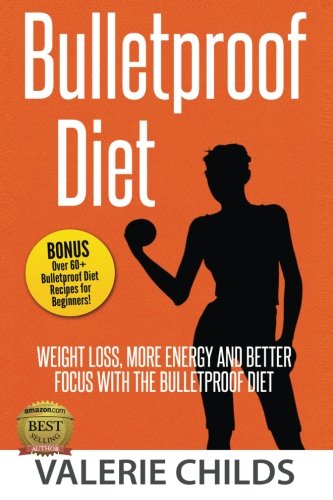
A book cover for Bulletproof Diet: Weight Loss, More Energy and Better Focus with the Bulletproof Diet, Bonus! Over 60+ Bulletproof Diet Recipes for Beginners!; Valerie Childs; Health, Fitness & Dieting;